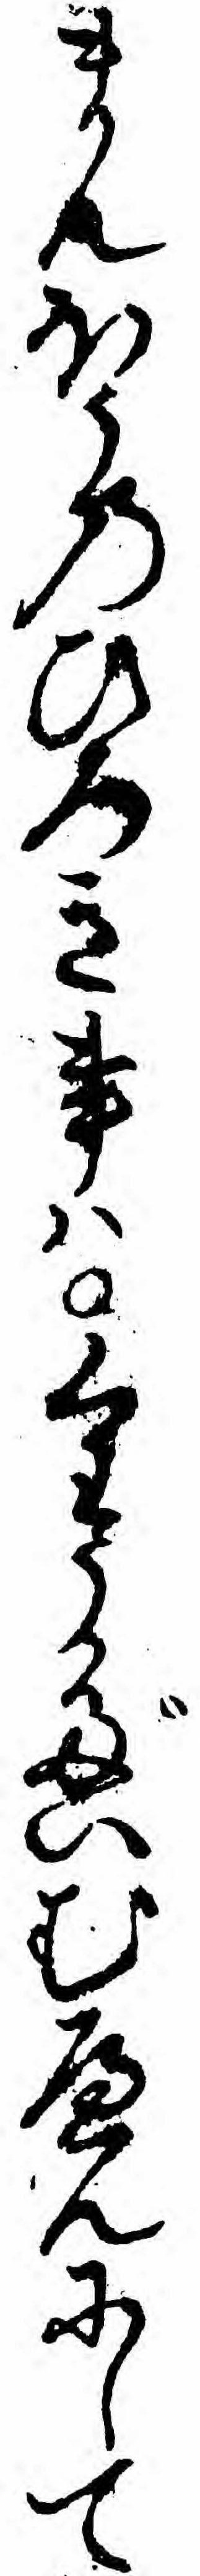
まんほうのひろき事ハくわうだいむへんにして